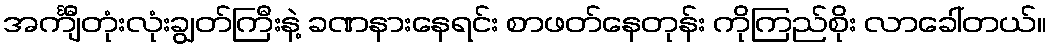
အင်္ကျီတုံးလုံးချွတ်ကြီးနဲ့ ခဏနားနေရင်း စာဖတ်နေတုန်း ကိုကြည်စိုး လာခေါ်တယ်။